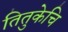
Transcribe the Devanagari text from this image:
तितुकेचि